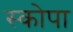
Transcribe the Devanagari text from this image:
स्कोपा